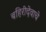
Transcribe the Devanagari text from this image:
बहिरीदेवाचे